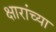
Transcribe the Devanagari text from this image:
क्षारांच्या